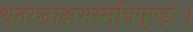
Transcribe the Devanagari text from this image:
धृतरुद्राक्षभस्मत्रिपुण्ड्रः।